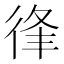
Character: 𢓱